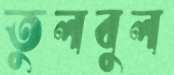
তুলবুল